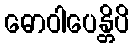
ဓောဝါပေန္တိပိ